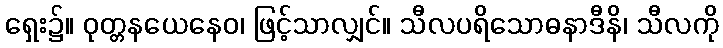
ရှေး၌။ ဝုတ္တနယေနေဝ၊ ဖြင့်သာလျှင်။ သီလပရိသောဓနာဒီနိ၊ သီလကို